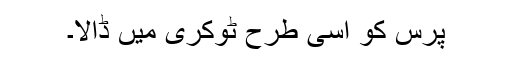
پرس کو اسی طرح ٹوکری میں ڈالا۔